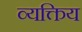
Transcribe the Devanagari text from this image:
व्यक्तिय